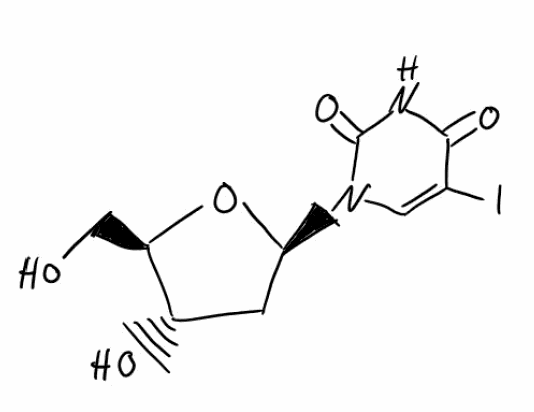
Simplified molecular-input line-entry system (SMILES) notation of the given molecule:
C1[C@@H]([C@H](O[C@H]1N2C=C(C(=O)NC2=O)I)CO)O